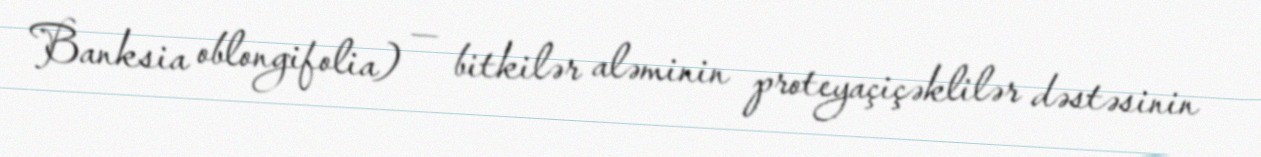
Banksia oblongifolia) — bitkilər aləminin proteyaçiçəklilər dəstəsinin